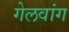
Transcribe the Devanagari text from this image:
गेलवांग